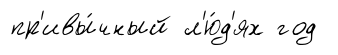
пр'ивы́чный л'ю́д'ях год